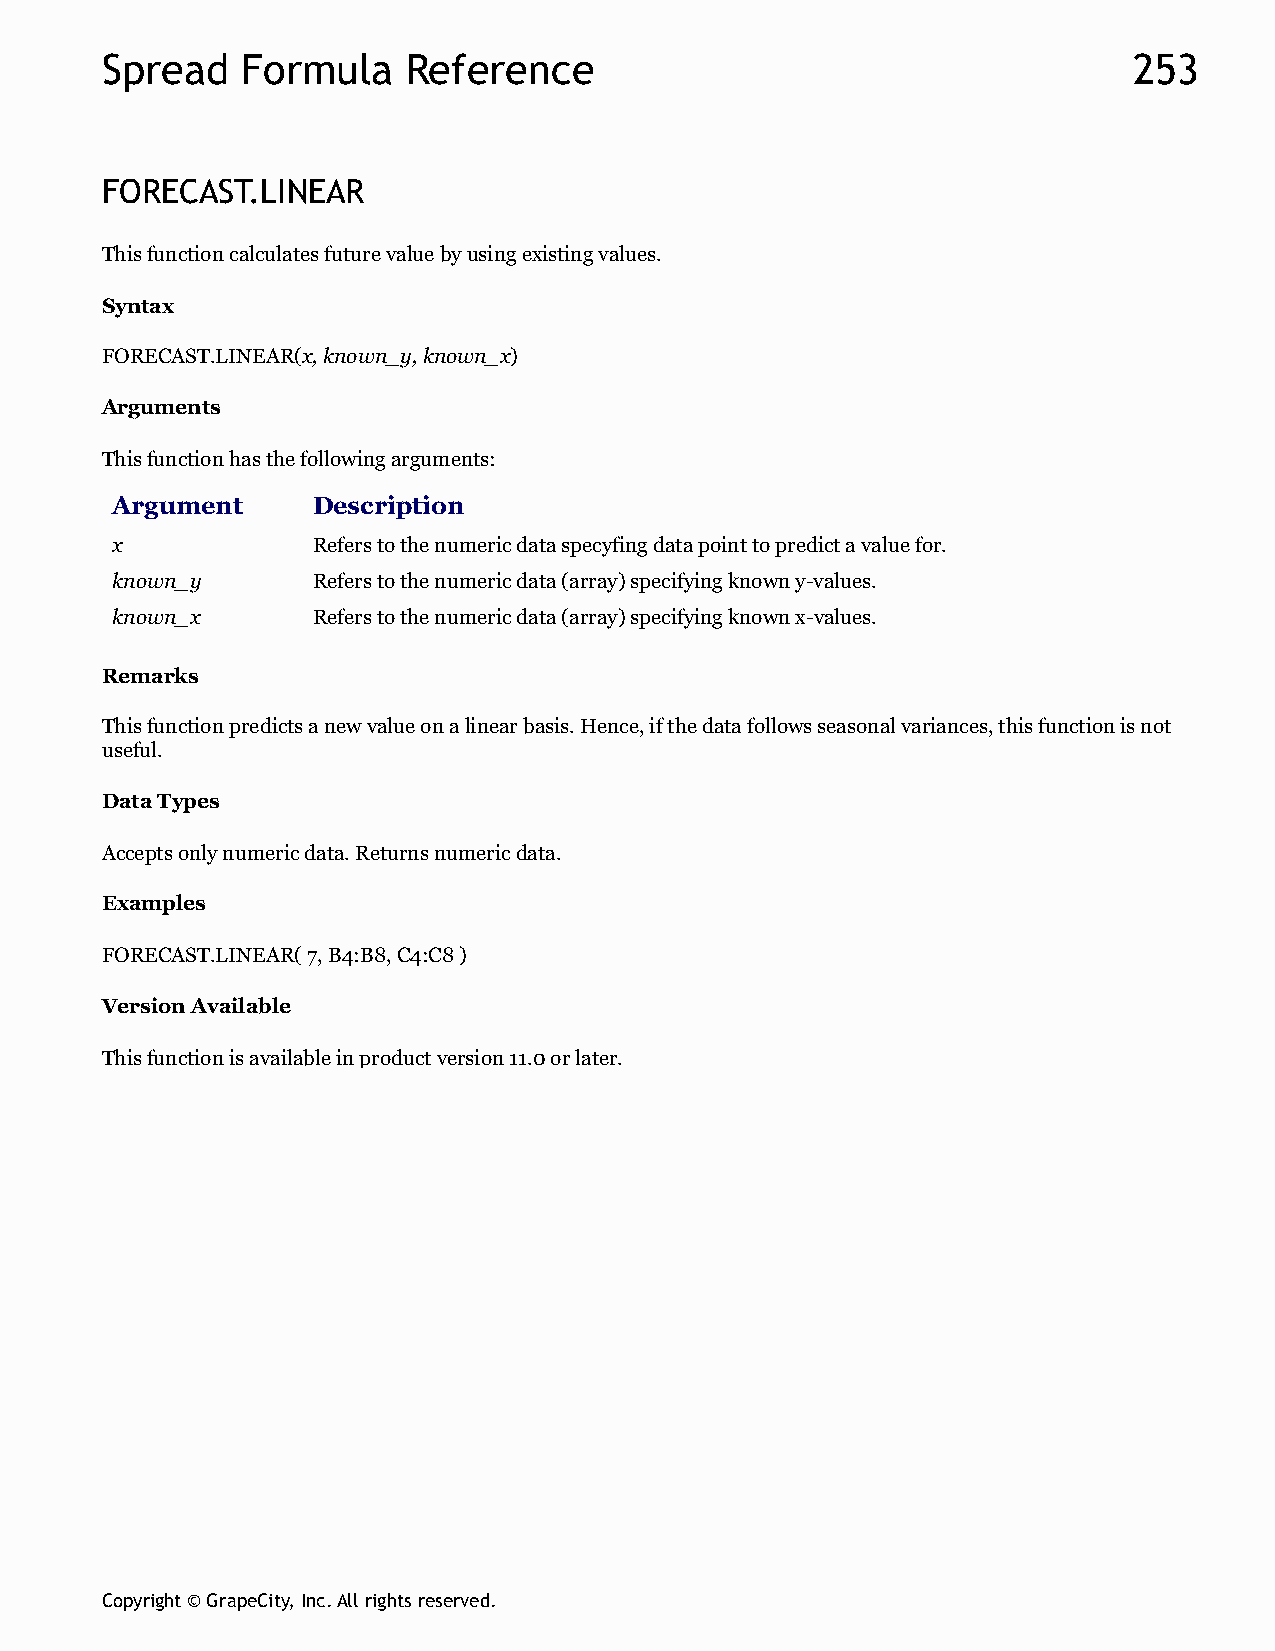
Spread   Formula    Reference                                       253
 FORECAST.LINEAR
 This function calculates future value by using existing values.
 Syntax
 FORECAST.LINEAR(x, known_y, known_x)
 Arguments
 This function has the following arguments:
 Argument      Description
 x             Refers to the numeric data specyfing data point to predict a value for.
 known_y       Refers to the numeric data (array) specifying known y-values.
 known_x       Refers to the numeric data (array) specifying known x-values.
 Remarks
 This function predicts a new value on a linear basis. Hence, if the data follows seasonal variances, this function is not
 useful.
 Data Types
 Accepts only numeric data. Returns numeric data.
 Examples
 FORECAST.LINEAR( 7, B4:B8, C4:C8 )
 Version Available
 This function is available in product version 11.0 or later.
 Copyright © GrapeCity, Inc. All rights reserved.